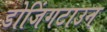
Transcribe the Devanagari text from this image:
डोजिंगटाउन